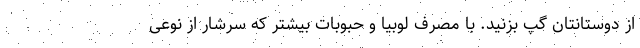
از دوستانتان گپ بزنید. با مصرف لوبیا و حبوبات بیشتر که سرشار از نوعی